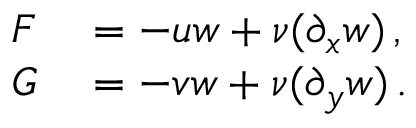
\begin{array} { r l } { F } & { { } = - u w + \nu ( \partial _ { x } w ) \, , } \\ { G } & { { } = - v w + \nu ( \partial _ { y } w ) \, . } \end{array}